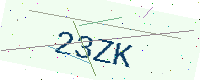
Text: 23ZK